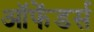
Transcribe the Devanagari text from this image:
ऑफेंडर्स